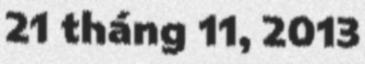
21 tháng 11, 2013